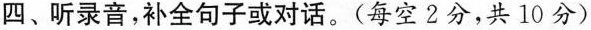
四、听录音，补全句子或对话。(每空2分,共 10 分)